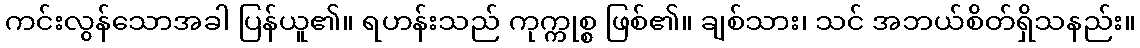
ကင်းလွန်သောအခါ ပြန်ယူ၏။ ရဟန်းသည် ကုက္ကုစ္စ ဖြစ်၏။ ချစ်သား၊ သင် အဘယ်စိတ်ရှိသနည်း။